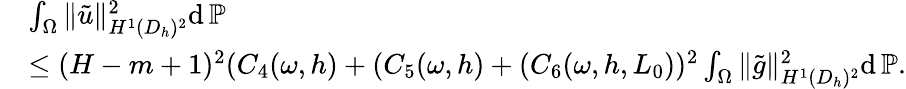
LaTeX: \begin{array}{rl}&{\int_{\Omega}\| \tilde{u}\| _{H^{1}(D_{h})^{2}}^{2}\mathrm{d}\, \mathbb{P}}\\ &{\le(H-m+1)^{2}(C_{4}(\omega,h)+(C_{5}(\omega,h)+(C_{6}(\omega,h,L_{0}))^{2}\int_{\Omega}\| \tilde{g}\| _{H^{1}(D_{h})^{2}}^{2}\mathrm{d}\, \mathbb{P}.}\end{array}